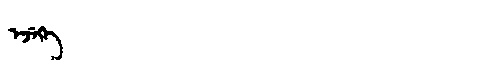
Manchu: ᡝᠵᡝᡴᡝ
Romanization: EJEKE